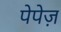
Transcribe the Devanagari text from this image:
पेपेज़